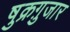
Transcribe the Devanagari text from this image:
षुक्रग़ुजार